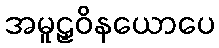
အမူဠှဝိနယောပေ